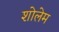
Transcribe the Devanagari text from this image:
शोलेम